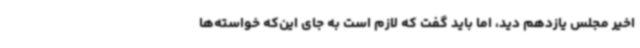
اخیر مجلس یازدهم دید، اما باید گفت که لازم است به جای این‌که خواسته‌ها